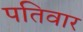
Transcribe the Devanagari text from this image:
पतिवार